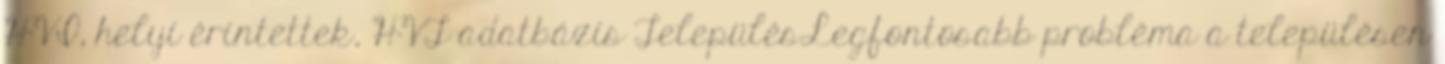
HVI, helyi érintettek, HVT adatbázis TelepülésLegfontosabb probléma a településen